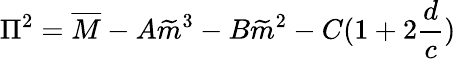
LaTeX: \Pi^{2}=\overline{{{M}}}-A\widetilde{m}^{3}-B\widetilde{m}^{2}-C(1+2\frac{d}{c})